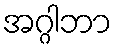
အဂ္ဂါဘာ